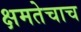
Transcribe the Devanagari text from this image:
क्षमतेचाच